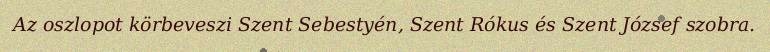
Az oszlopot körbeveszi Szent Sebestyén, Szent Rókus és Szent József szobra.